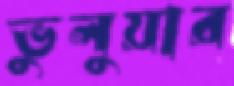
ভুলুয়ার